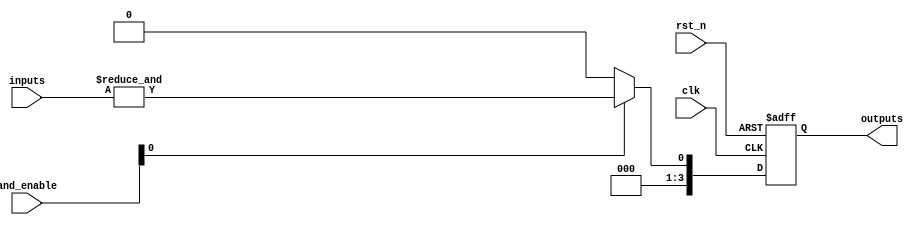
module RPAL #(
    parameter NUM_INPUTS = 4,        // Number of inputs
    parameter NUM_AND_GATES = 4,      // Number of AND gates
    parameter NUM_OUTPUTS = 4          // Number of outputs
)(
    input wire clk,                     // Clock input
    input wire rst_n,                   // Active-low reset
    input wire [NUM_INPUTS-1:0] inputs, // Input signals
    input wire [NUM_AND_GATES-1:0] and_enable, // Control signals for AND gates
    output reg [NUM_OUTPUTS-1:0] outputs // Registered outputs
);

// Internal wires for AND gate outputs
wire [NUM_AND_GATES-1:0] and_outputs;

// Programmable AND array
genvar i, j;
generate
    for (i = 0; i < NUM_AND_GATES; i = i + 1) begin : and_array
        wire [NUM_INPUTS-1:0] and_inputs;
        
        // Example: Connect inputs based on the programmed connections
        // Here, you can customize how inputs connect to AND gates
        assign and_inputs = (i == 0) ? inputs : // Customize connections for AND gates
                            (i == 1) ? {inputs[1], inputs[0], 1'b0, 1'b0} :
                            (i == 2) ? {inputs[2], inputs[3], 1'b0, 1'b0} :
                            (i == 3) ? {1'b0, inputs[1], inputs[2], inputs[3]} :
                            {1'b0, 1'b0, 1'b0, 1'b0}; // Default case
        
        // AND gate operation
        assign and_outputs[i] = and_enable[i] ? &and_inputs : 1'b0;
    end
endgenerate

// Registered outputs with D flip-flops
always @(posedge clk or negedge rst_n) begin
    if (!rst_n) begin
        outputs <= {NUM_OUTPUTS{1'b0}}; // Reset outputs to 0
    end else begin
        // Example: Register outputs from AND gates
        // Customize which AND gate outputs connect to which registered outputs
        outputs[0] <= and_outputs[0];
        outputs[1] <= and_outputs[1];
        outputs[2] <= and_outputs[2];
        outputs[3] <= and_outputs[3];
    end
end

endmodule